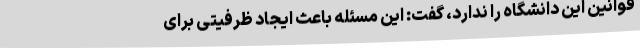
قوانین این دانشگاه را ندارد، گفت: این مسئله باعث ایجاد ظرفیتی برای